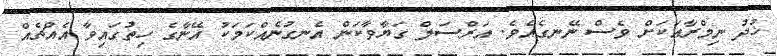
ޚުދު ނިމްރާއަކަށް ވެސް ނޭނގެއެވެ. އަރްސަލް ގަޔާވާކަން އެނގުނެއްކަމަކު އޭނާގެ ހިތުގައިވާ އެއްޗެއް